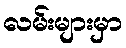
လမ်းများမှာ